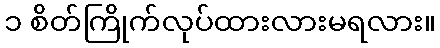
၁ စိတ်ကြိုက်လုပ်ထားလားမရလား။